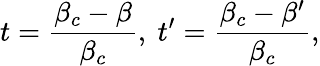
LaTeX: t=\frac{\beta_{c}-\beta}{\beta_{c}},\ t^{\prime}=\frac{\beta_{c}-\beta^{\prime}}{\beta_{c}},